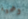
وهمية